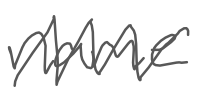
Text: name
Cross-out: zig-zag
Writing tool: digital_gray